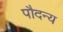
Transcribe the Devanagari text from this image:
पौदन्य